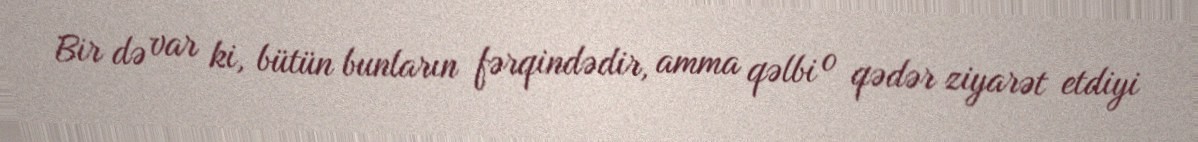
Bir də var ki, bütün bunların fərqindədir, amma qəlbi o qədər ziyarət etdiyi